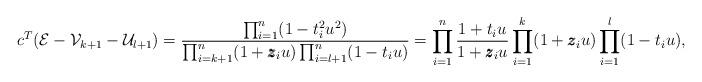
LaTeX: \begin{align*}c^T(\mathcal{E} - \mathcal{V}_{k+1} - \mathcal{U}_{l+1}) = \frac{\prod_{i=1}^n(1 - t_i^2u^2)}{\prod_{i=k+1}^{n}(1+\pmb{z}_iu) \prod_{i=l+1}^n(1-t_iu) } = \prod_{i=1}^{n} \frac{1+ t_i u }{1 + \pmb{z}_i u } \prod_{i=1}^k (1+\pmb{z}_i u) \prod_{i=1}^{l}(1-t_i u),\end{align*}